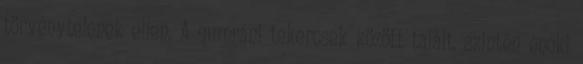
törvénytelenek ellen. A qumráni tekercsek között talált, szintén énoki